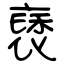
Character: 褎